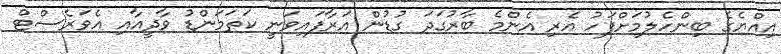
އިއްޔެގެ ބިންހެލުމަށްފަހު އެރި އެންމެ ބާރުގަދަ ގުޑުން އަރާފައިވަނީ ކަތަމަންޑު ވާދީއާއި އެވަރެސްޓް